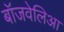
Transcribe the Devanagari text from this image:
बॉजवेलिआ